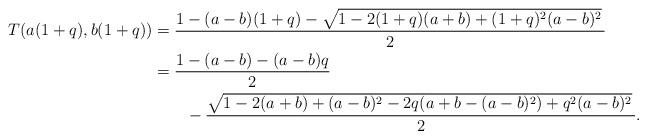
LaTeX: \begin{align*} T(a(1+q), b(1+q))&= \frac{1-(a-b)(1+q) - \sqrt{1-2(1+q)(a+b)+(1+q)^2(a-b)^2}\,}2\\ &= \frac{1-(a-b)-(a-b)q}2\\ &\qquad- \frac{\sqrt{1-2(a+b) +(a-b)^2 - 2q(a+b-(a-b)^2)+q^2(a-b)^2}\,}2. \end{align*}